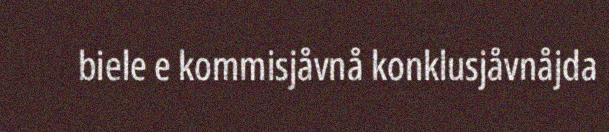
biele e kommisjåvnå konklusjåvnåjda